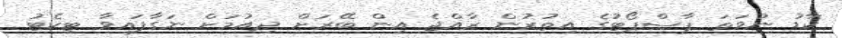
ކާޑު ނުވަތަ ޕާސްޕޯޓުގެ އިތުރުން ރާއްޖެ އިން ބޭރަށް ދިއުމަށް ނަގާފައިވާ ޓިކެޓު